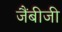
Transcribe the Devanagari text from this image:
जैंबीजी